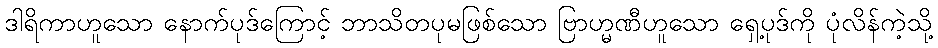
ဒါရိကာဟူသော နောက်ပုဒ်ကြောင့် ဘာသိတပုမဖြစ်သော ဗြာဟ္မဏီဟူသော ရှေ့ပုဒ်ကို ပုံလိန်ကဲ့သို့